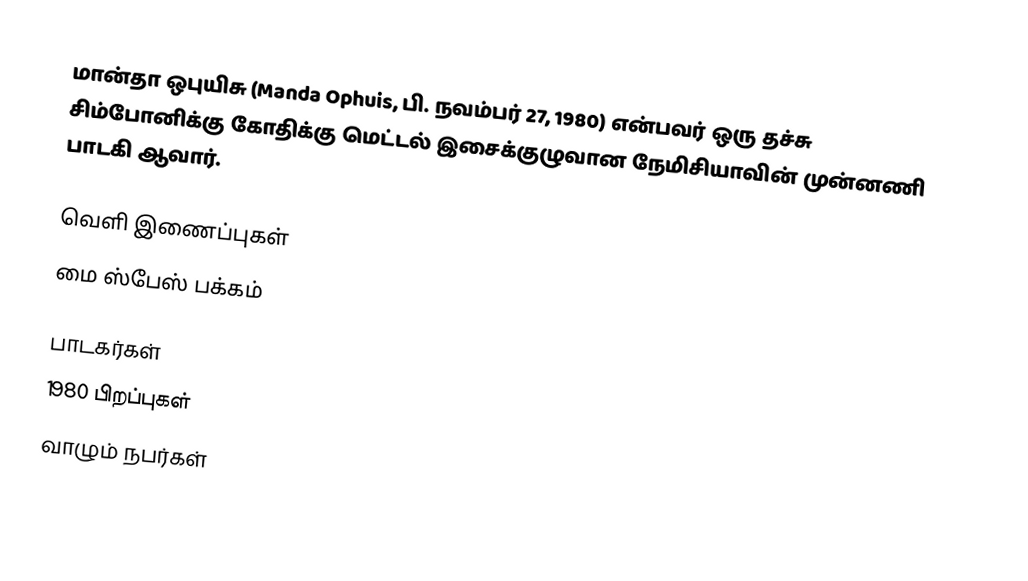
மான்தா ஒபுயிசு (Manda Ophuis, பி. நவம்பர் 27, 1980) என்பவர் ஒரு தச்சு சிம்போனிக்கு கோதிக்கு மெட்டல் இசைக்குழுவான நேமிசியாவின் முன்னணி பாடகி ஆவார்.

வெளி இணைப்புகள்
மை ஸ்பேஸ் பக்கம்

பாடகர்கள்
1980 பிறப்புகள்
வாழும் நபர்கள்